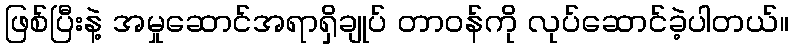
ဖြစ်ပြီးနဲ့ အမှုဆောင်အရာရှိချုပ် တာဝန်ကို လုပ်ဆောင်ခဲ့ပါတယ်။